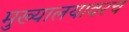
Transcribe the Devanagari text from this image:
मुख्यालयावरच